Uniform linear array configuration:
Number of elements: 8
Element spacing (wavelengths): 0.5
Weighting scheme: cosine
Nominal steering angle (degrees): -60
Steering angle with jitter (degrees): -61.277
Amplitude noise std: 0.05
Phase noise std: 0.05

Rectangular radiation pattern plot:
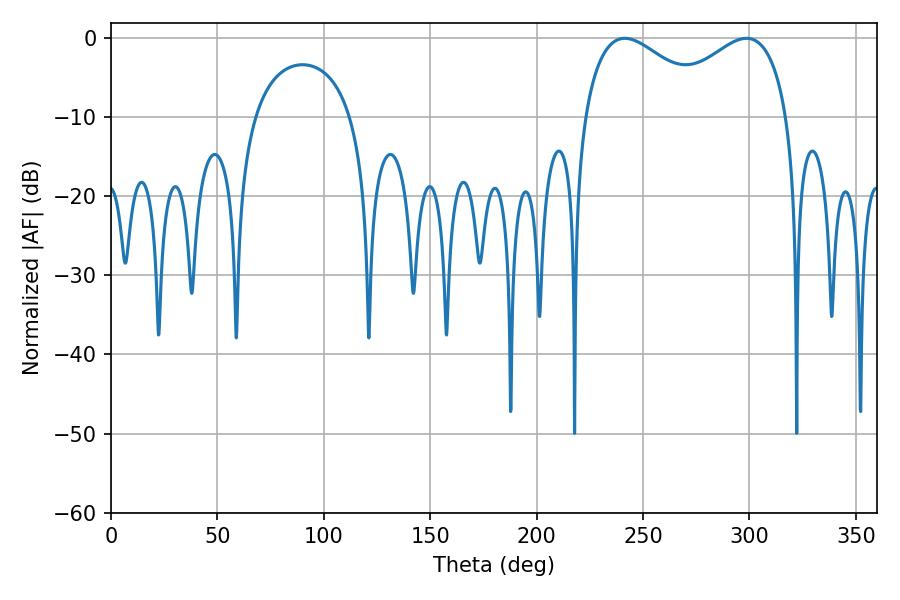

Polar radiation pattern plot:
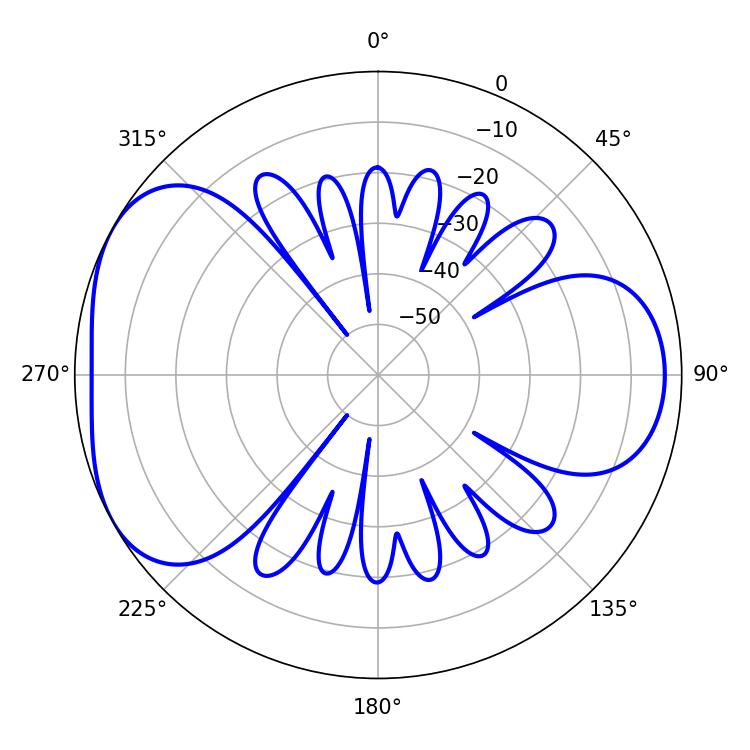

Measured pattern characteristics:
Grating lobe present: FALSE
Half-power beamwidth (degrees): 34.02
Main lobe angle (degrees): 241.38